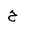
Letter: _ha